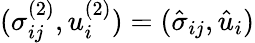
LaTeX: (\sigma_{ij}^{(2)},u_{i}^{(2)})=(\hat{\sigma}_{ij},\hat{u}_{i})